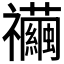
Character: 𥜲